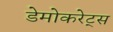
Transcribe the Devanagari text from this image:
डेमोकरेट्स